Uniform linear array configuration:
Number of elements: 64
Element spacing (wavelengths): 1
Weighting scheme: exponential
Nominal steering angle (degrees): -30
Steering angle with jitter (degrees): -30.722
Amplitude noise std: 0.05
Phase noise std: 0.05

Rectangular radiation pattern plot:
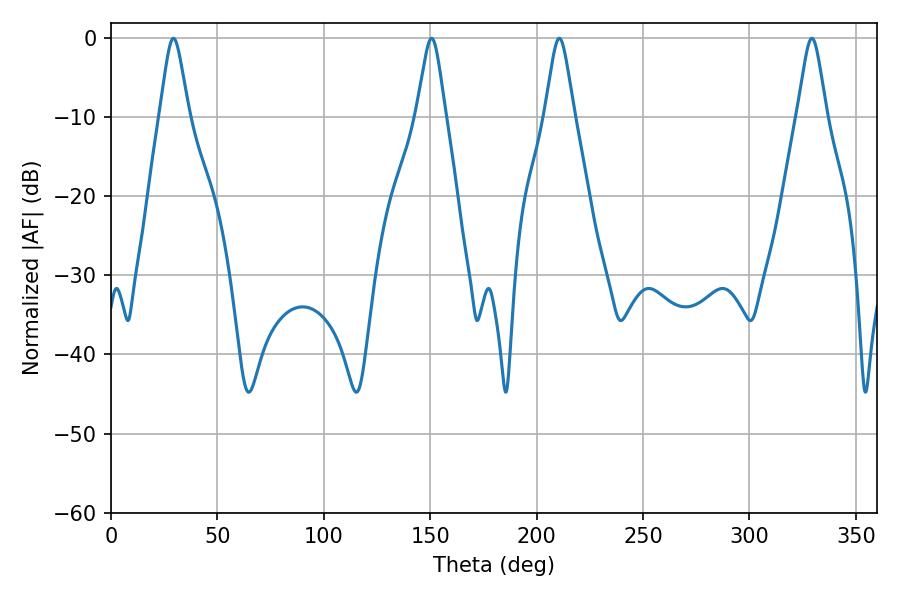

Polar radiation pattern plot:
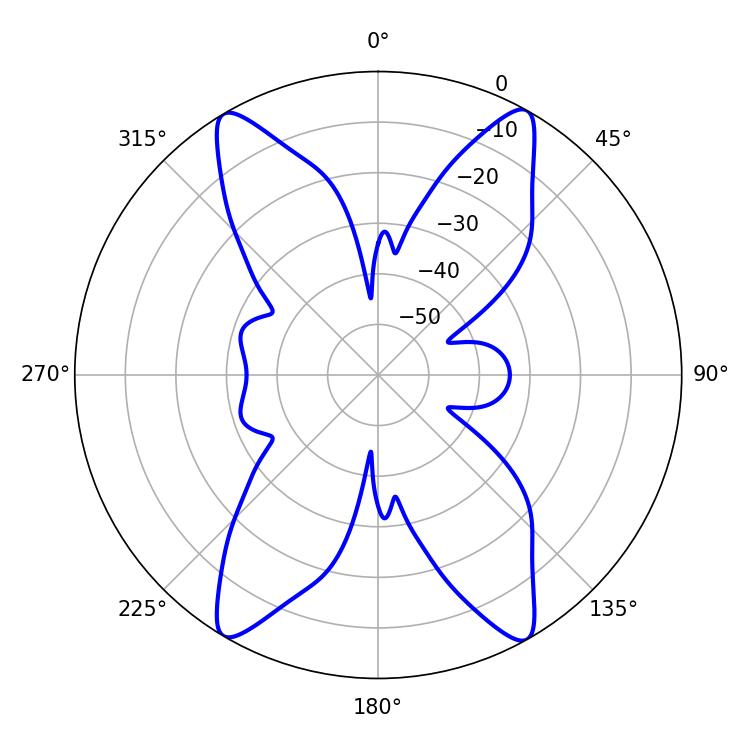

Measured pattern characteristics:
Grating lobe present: TRUE
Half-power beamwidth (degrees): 6.48
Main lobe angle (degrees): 29.34